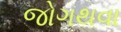
જોગથવા